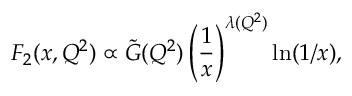
F _ { 2 } ( x , Q ^ { 2 } ) \propto \tilde { G } ( Q ^ { 2 } ) \left( \frac { 1 } { x } \right) ^ { \lambda ( Q ^ { 2 } ) } \ln ( 1 / x ) ,